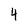
Character: 4